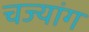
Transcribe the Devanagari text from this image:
चज्यांग